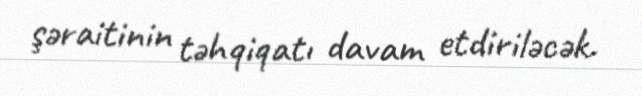
şəraitinin təhqiqatı davam etdiriləcək.